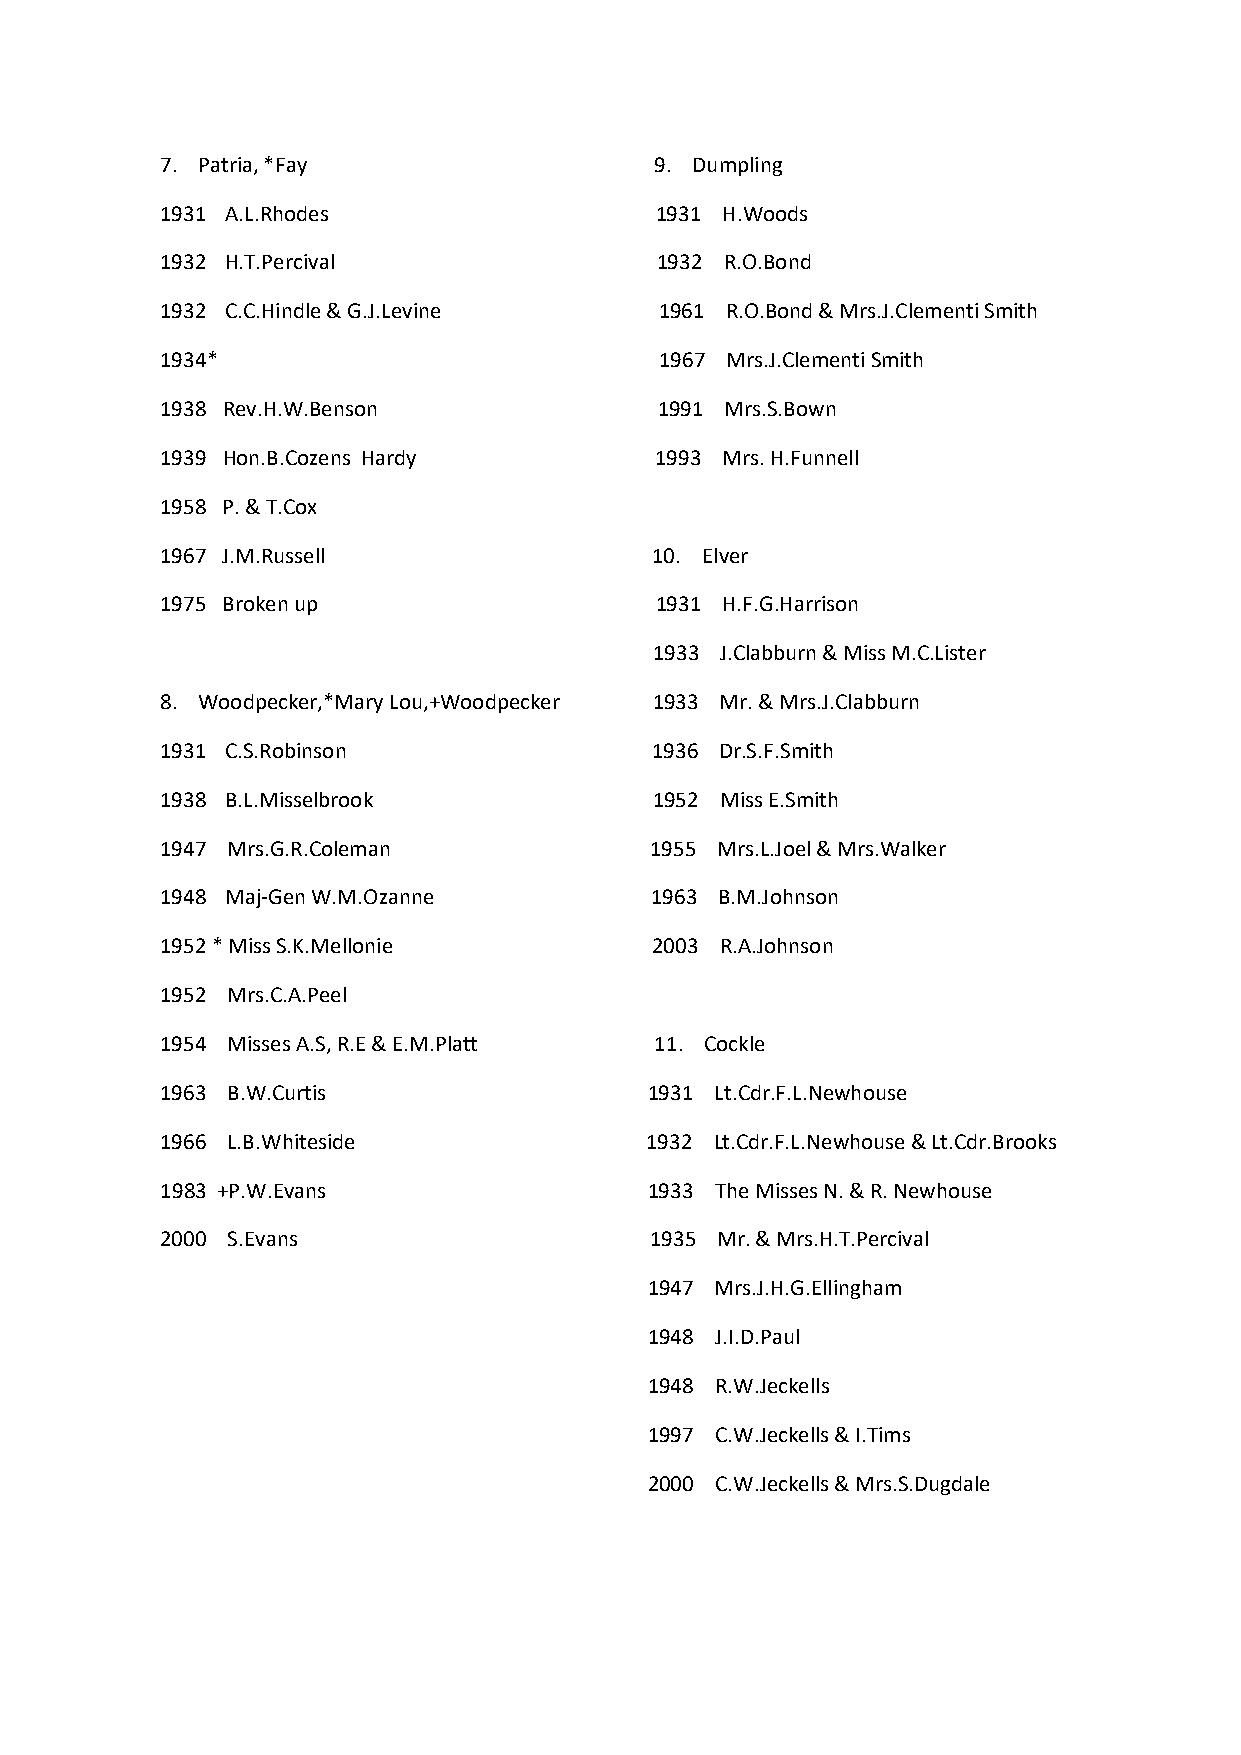
7. Patria, *Fay                 9. Dumpling
 1931 A.L.Rhodes                 1931 H.Woods
 1932 H.T.Percival               1932 R.O.Bond
 1932 C.C.Hindle & G.J.Levine     1961 R.O.Bond & Mrs.J.Clementi Smith
 1934*                            1967 Mrs.J.Clementi Smith
 1938 Rev.H.W.Benson              1991 Mrs.S.Bown
 1939 Hon.B.Cozens Hardy         1993 Mrs. H.Funnell
 1958 P. & T.Cox
 1967 J.M.Russell                10. Elver
 1975 Broken up                  1931 H.F.G.Harrison
 1933 J.Clabburn & Miss M.C.Lister
 8. Woodpecker,*Mary Lou,+Woodpecker 1933 Mr. & Mrs.J.Clabburn
 1931 C.S.Robinson               1936 Dr.S.F.Smith
 1938 B.L.Misselbrook            1952 Miss E.Smith
 1947 Mrs.G.R.Coleman            1955 Mrs.L.Joel & Mrs.Walker
 1948 Maj-Gen W.M.Ozanne         1963 B.M.Johnson
 1952 * Miss S.K.Mellonie        2003 R.A.Johnson
 1952 Mrs.C.A.Peel
 1954 Misses A.S, R.E & E.M.Platt 11. Cockle
 1963 B.W.Curtis                 1931 Lt.Cdr.F.L.Newhouse
 1966 L.B.Whiteside              1932 Lt.Cdr.F.L.Newhouse & Lt.Cdr.Brooks
 1983 +P.W.Evans                 1933 The Misses N. & R. Newhouse
 2000 S.Evans                    1935 Mr. & Mrs.H.T.Percival
 1947 Mrs.J.H.G.Ellingham
 1948 J.I.D.Paul
 1948 R.W.Jeckells
 1997 C.W.Jeckells & I.Tims
 2000 C.W.Jeckells & Mrs.S.Dugdale